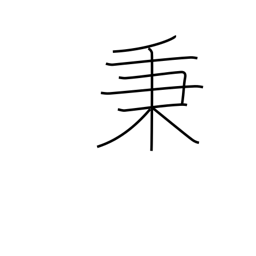
Meaning: unit of volume (10 koku; 1,800 l)